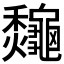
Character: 𪛁